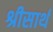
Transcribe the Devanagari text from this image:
श्रीसार्थ